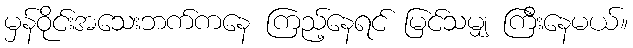
မှန်ဝိုင်းအသေးဘက်ကနေ ကြည့်နေရင် မြင်သမျှ ကြီးနေမယ်။